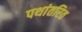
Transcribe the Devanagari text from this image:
पथांतरित